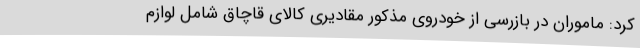
کرد:‌ ماموران در بازرسی از خودروی مذکور مقادیری کالای قاچاق شامل لوازم